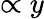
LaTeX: \propto y